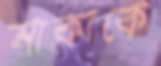
সাকাকে